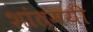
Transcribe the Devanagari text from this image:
शांतमयी